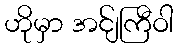
ဟိုမှာ အင်ျကြီဝါ